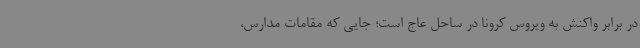
در برابر واکنش به ویروس کرونا در ساحل عاج است؛ جایی که مقامات مدارس،